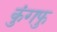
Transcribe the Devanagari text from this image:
कुंगफु